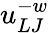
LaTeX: u_{LJ}^{-w}